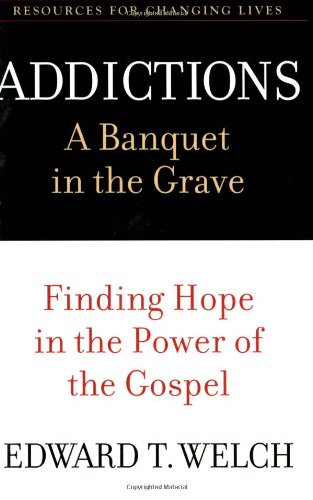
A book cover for Addictions: A Banquet in the Grave: Finding Hope in the Power of the Gospel (Resources for Changing Lives); Edward T. Welch; Health, Fitness & Dieting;